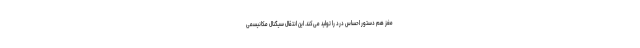
مغز هم دستور احساس درد را تولید می‌کند. این انتقال سیگنال مکانیسمی